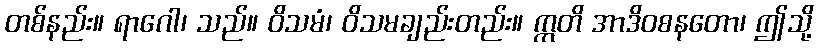
တစ်နည်း။ ရာဂေါ၊ သည်။ ဝိသမံ၊ ဝိသမချည်းတည်း။ ဣတိ အာဒိဝစနတော၊ ဤသို့